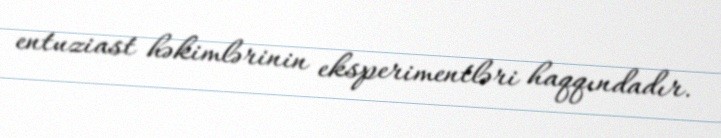
entuziast həkimlərinin eksperimentləri haqqındadır.